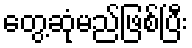
တွေ့ဆုံမည်ဖြစ်ပြီး